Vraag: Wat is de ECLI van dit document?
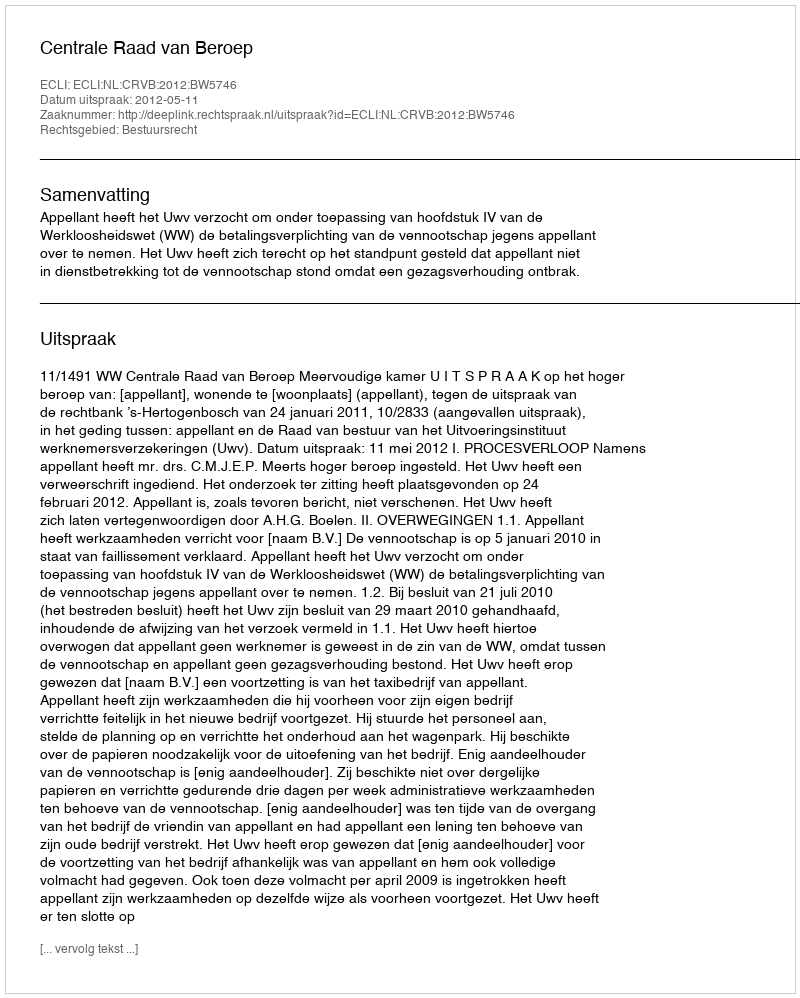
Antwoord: ECLI:NL:CRVB:2012:BW5746